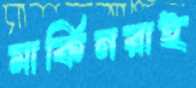
মার্কিনরাই